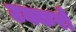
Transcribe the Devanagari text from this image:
टक्करो